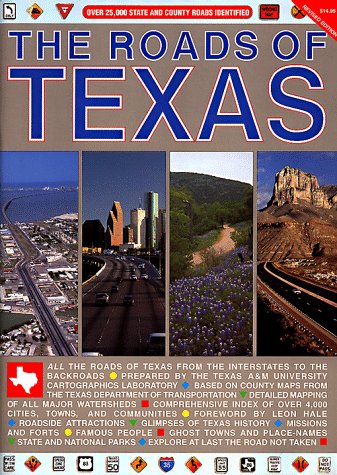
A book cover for The Roads of Texas; Texas A&M University; Travel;